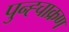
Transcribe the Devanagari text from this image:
पुन्ह्चाक्रण